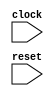
module TestMem(
  input   clock,
  input   reset
);
endmodule